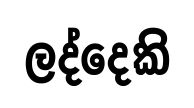
ලද්දෙකි